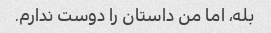
بله، اما من داستان را دوست ندارم.